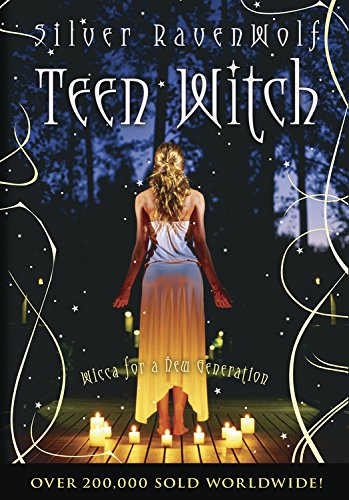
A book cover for Teen Witch: Wicca for a New Generation; Silver RavenWolf; Teen & Young Adult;